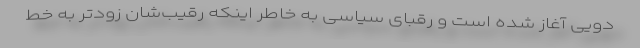
دویی آغاز شده است و رقبای سیاسی به خاطر اینکه رقیب‌شان زودتر به خط